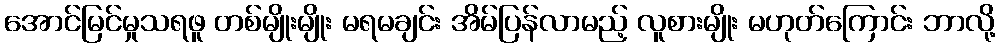
အောင်မြင်မှုသရဖူ တစ်မျိုးမျိုး မရမချင်း အိမ်ပြန်လာမည့် လူစားမျိုး မဟုတ်ကြောင်း ဘာလို့